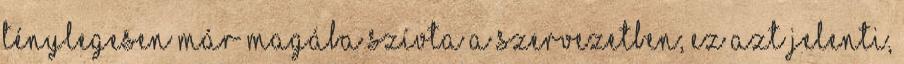
ténylegesen már magába szívta a szervezetben; ez azt jelenti,